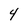
Character: 4